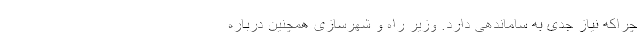
چراکه نیاز جدی به ساماندهی دارد. وزیر راه و شهرسازی همچنین درباره